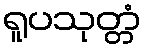
ရူပသုတ္တံ